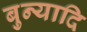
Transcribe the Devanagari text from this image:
बुन्यादि